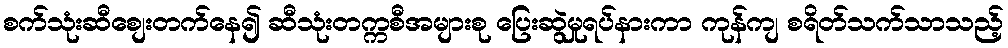
စက်သုံးဆီစျေးတက်နေ၍ ဆီသုံးတက္ကစီအများစု ပြေးဆွဲမှုရပ်နားကာ ကုန်ကျ စရိတ်သက်သာသည့်